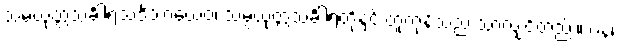
သမ္ပယုတ္တသင်္ခါရသဒိသာယေဝ၊ သမ္ပယုတ္တသင်္ခါရတို့နှင့် တူကုန်သည် သာလျှင်တည်း။ ပန၊